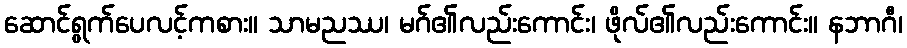
ဆောင်ရွက်ပေလင့်ကစား။ သာမညဿ၊ မဂ်၏လည်းကောင်း၊ ဖိုလ်၏လည်းကောင်း။ နဘာဂီ၊